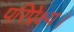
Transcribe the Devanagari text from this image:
परिप्रेक्ष्य।